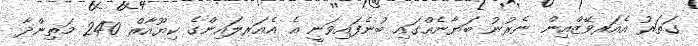
ގަތަރު އެއަރވޭޒްއިން ނެރުނު ބަޔާނެއްގައި ބުނެފައިވަނީ އެ އެއަރލައިންގެ ކިޔޫއާރް 240 މަތިންދާ